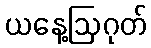
ယနေ့ဩဂုတ်